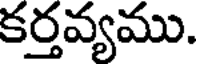
కర్తవ్యము.